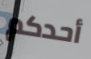
أحدكم